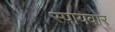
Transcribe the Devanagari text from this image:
स्पायवार